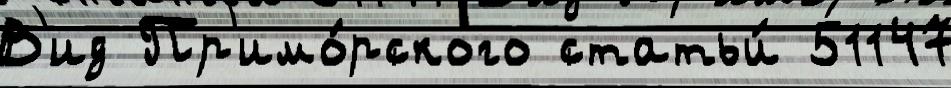
В'ид Пр'имо́рского статьи́ 51147